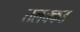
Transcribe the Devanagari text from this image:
तलक्कड